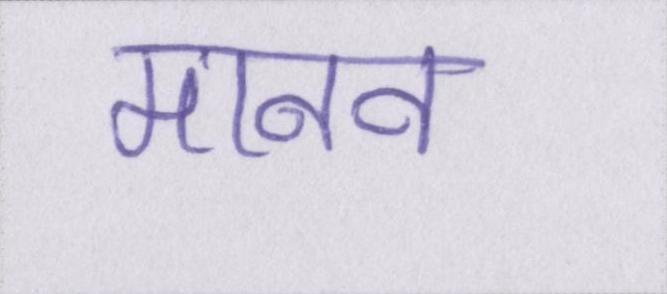
मानव